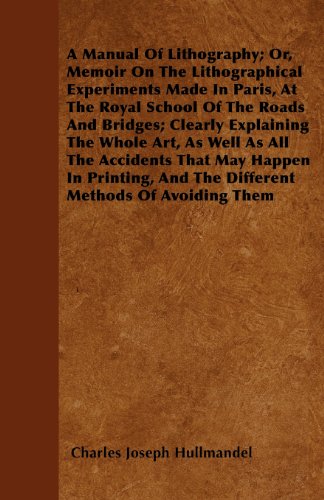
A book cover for A Manual Of Lithography; Or, Memoir On The Lithographical Experiments Made In Paris, At The Royal School Of The Roads And Bridges; Clearly Explaining ... In Printing, And The Different Methods Of Avo; Charles Joseph Hullmandel; Arts & Photography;